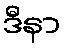
ဒီနာ